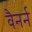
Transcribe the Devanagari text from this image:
वैनर्न